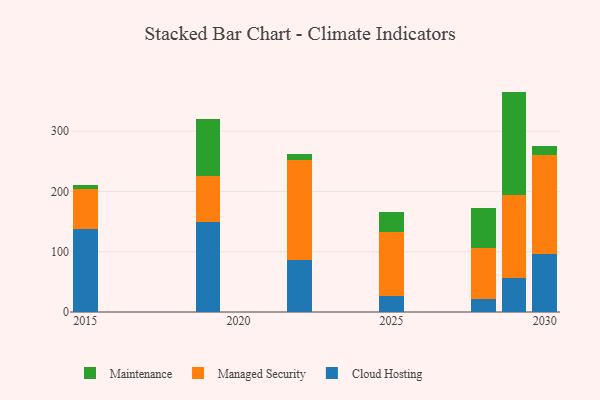
{"axis": {"x": "Year", "y": "Active Users"}, "legend": ["Cloud Hosting", "Maintenance", "Managed Security"], "data": [{"x": "2022", "y": 86.6, "type": "Cloud Hosting"}, {"x": "2022", "y": 164.8, "type": "Managed Security"}, {"x": "2022", "y": 10.5, "type": "Maintenance"}, {"x": "2025", "y": 27.0, "type": "Cloud Hosting"}, {"x": "2025", "y": 105.7, "type": "Managed Security"}, {"x": "2025", "y": 32.6, "type": "Maintenance"}, {"x": "2019", "y": 150.0, "type": "Cloud Hosting"}, {"x": "2019", "y": 75.2, "type": "Managed Security"}, {"x": "2019", "y": 95.0, "type": "Maintenance"}, {"x": "2029", "y": 56.8, "type": "Cloud Hosting"}, {"x": "2029", "y": 137.6, "type": "Managed Security"}, {"x": "2029", "y": 171.3, "type": "Maintenance"}, {"x": "2015", "y": 138.3, "type": "Cloud Hosting"}, {"x": "2015", "y": 66.5, "type": "Managed Security"}, {"x": "2015", "y": 6.5, "type": "Maintenance"}, {"x": "2030", "y": 96.1, "type": "Cloud Hosting"}, {"x": "2030", "y": 164.1, "type": "Managed Security"}, {"x": "2030", "y": 15.6, "type": "Maintenance"}, {"x": "2028", "y": 21.9, "type": "Cloud Hosting"}, {"x": "2028", "y": 83.8, "type": "Managed Security"}, {"x": "2028", "y": 66.4, "type": "Maintenance"}]}